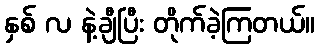
နှစ် လ နဲ့ချီပြီး တိုက်ခဲ့ကြတယ်။